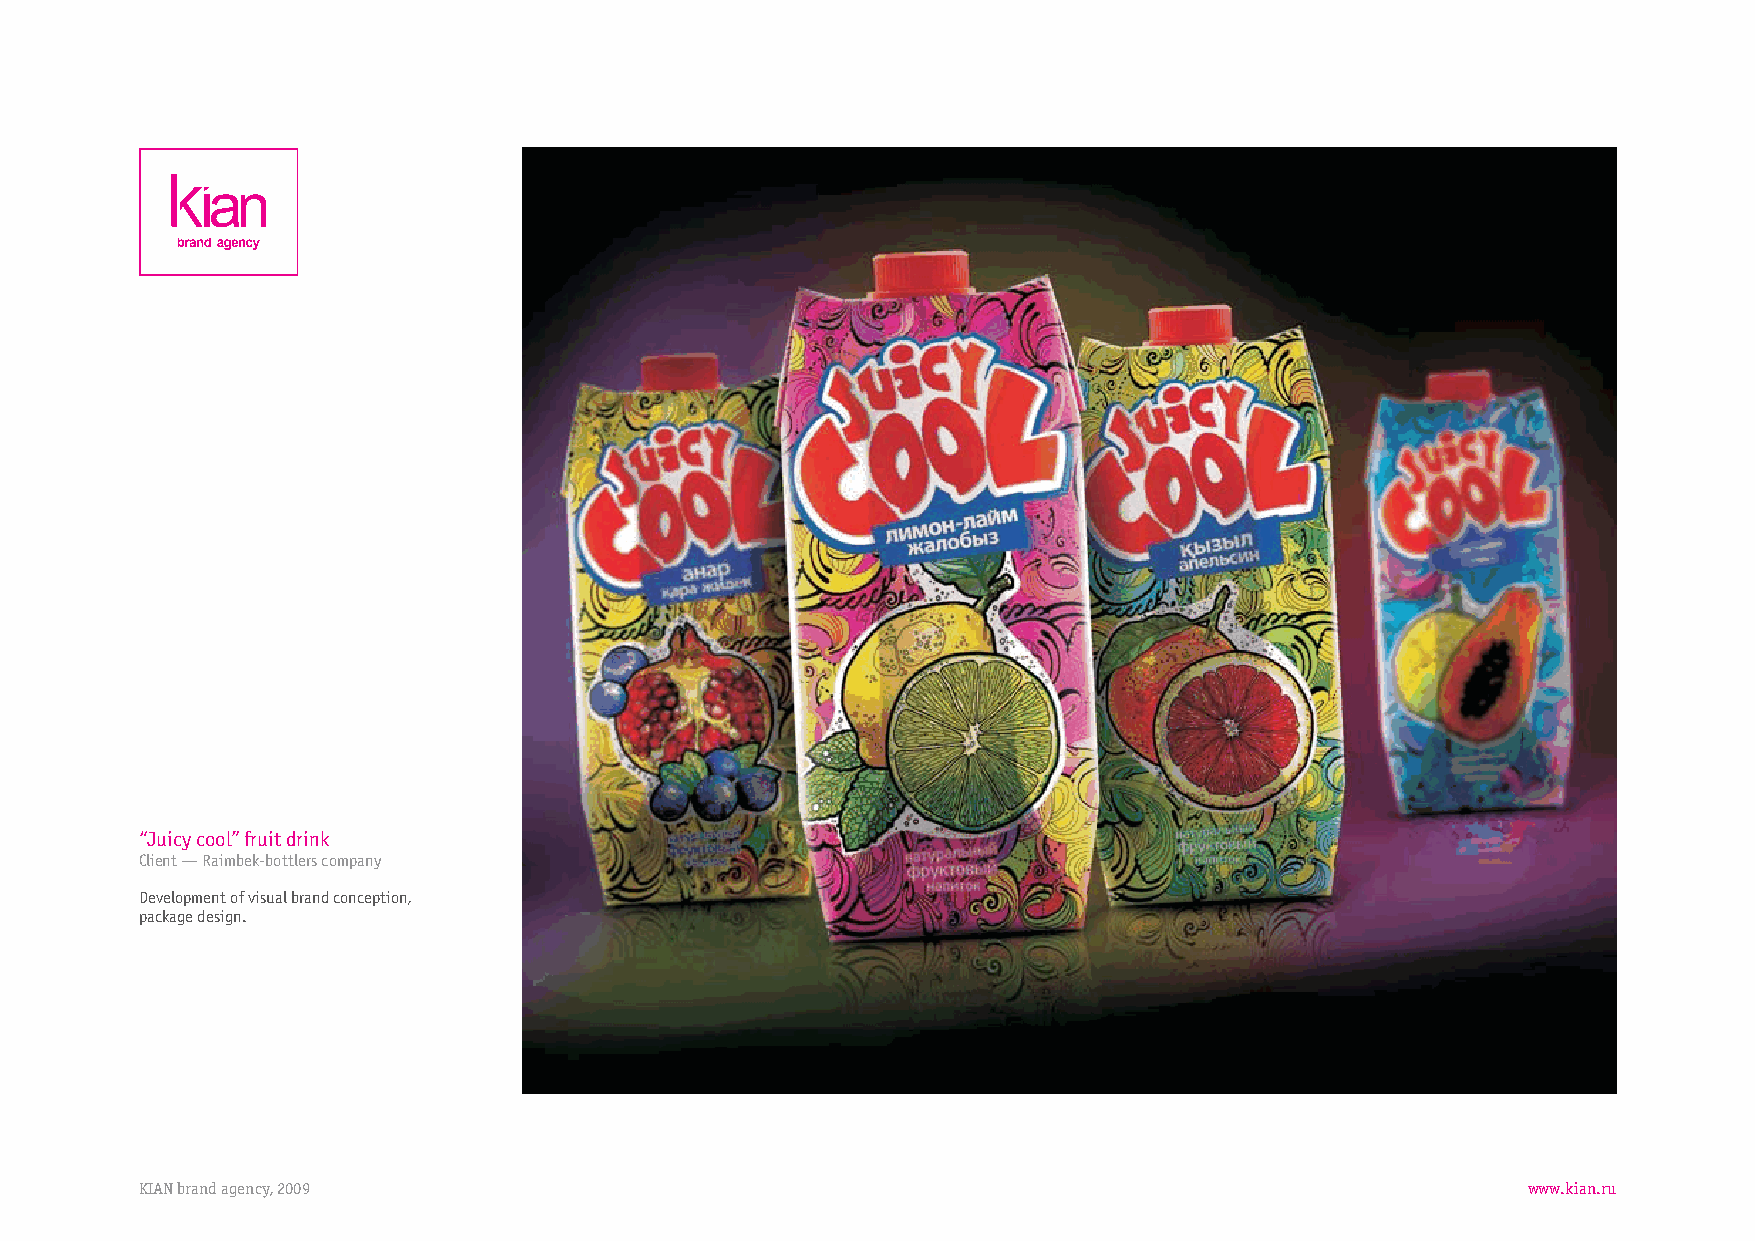
“Juicycool”fruitdrink
 Client—Raimbek-bottlerscompany
 Developmentofvisualbrandconception,
 packagedesign.
 KIANbrandagency,2009                                                                        www.kian.ru